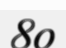
80